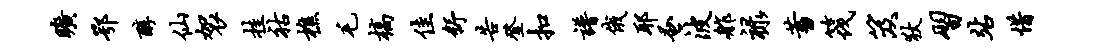
旷鄂醇仙袈挂祜樵毛槁佳舒告登扣谱俄耶蚤波舴禄蓄筏笈狄习站惜